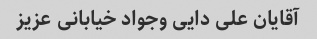
آقایان علی دایی وجواد خیابانی عزیز